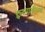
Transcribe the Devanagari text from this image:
हलचालींच्या